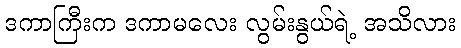
ဒကာကြီးက ဒကာမလေး လွမ်းနွယ်ရဲ့ အသိလား